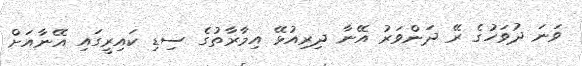
ވަނަ ދުވަހުގެ ރޭ ދަންވަރު އޭނާ ދިރިއުޅޭ އިމާރާތުގެ ސިޑި ކައިރީގައި އޭނާއަށް